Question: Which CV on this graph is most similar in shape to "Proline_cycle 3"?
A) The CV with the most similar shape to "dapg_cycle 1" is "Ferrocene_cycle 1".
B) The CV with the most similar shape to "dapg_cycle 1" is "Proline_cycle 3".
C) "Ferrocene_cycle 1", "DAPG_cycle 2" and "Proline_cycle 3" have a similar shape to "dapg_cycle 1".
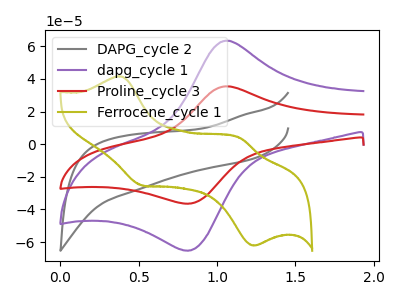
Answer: <think>The gray curve "DAPG_cycle 2" has no peaks. The purple curve "dapg_cycle 1" has an anodic peak at (1.05V, 63.40uA) and a cathodic peak at (0.85V, -65.00uA). The red curve "Proline_cycle 3" has an anodic peak at (1.05V, 35.45uA) and a cathodic peak at (0.85V, -36.30uA). The olive curve "Ferrocene_cycle 1" has anodic peaks at (0.40V, 41.60uA) (1.15V, 3.75uA) and cathodic peaks at (0.50V, -25.20uA) (1.25V, -62.10uA).
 "DAPG_cycle 2" and "dapg_cycle 1" have a different number of peaks. "DAPG_cycle 2" and "Proline_cycle 3" have a different number of peaks. "DAPG_cycle 2" and "Ferrocene_cycle 1" have a different number of peaks. All the peaks in "dapg_cycle 1" have a peak in "Proline_cycle 3" at the same potential. Every peak in "dapg_cycle 1" is higher than every peak in "Proline_cycle 3". "dapg_cycle 1" and "Ferrocene_cycle 1" have a different number of peaks. "Proline_cycle 3" and "Ferrocene_cycle 1" have a different number of peaks.</think>
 <answer>B) The CV with the most similar shape to "dapg_cycle 1" is "Proline_cycle 3".</answer>
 <eval>B</eval>